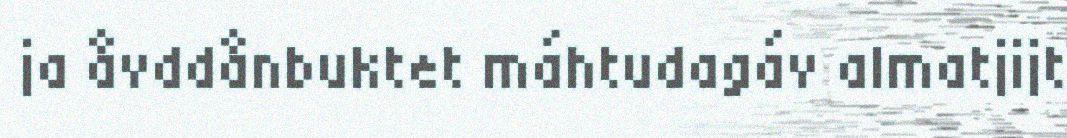
ja åvddånbuktet máhtudagáv almatjijt